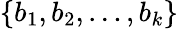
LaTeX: \{ b_{1},b_{2},\ldots,b_{k}\}